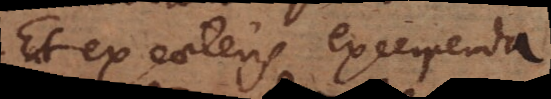
Et ex caeteris excerpenda